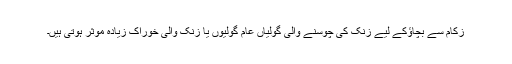
زکام سے بچاؤ‌کے لیے زنک کی چوسنے والی گولیاں عام گولیوں یا زنک والی خوراک زیادہ موثر ہوتی ہیں۔